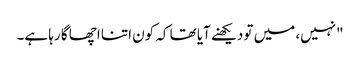
"نہیں، میں تو دیکھنے آیا تھا کہ کون اتنا اچھا گا رہا ہے۔